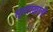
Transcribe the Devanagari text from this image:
स्तराखाली